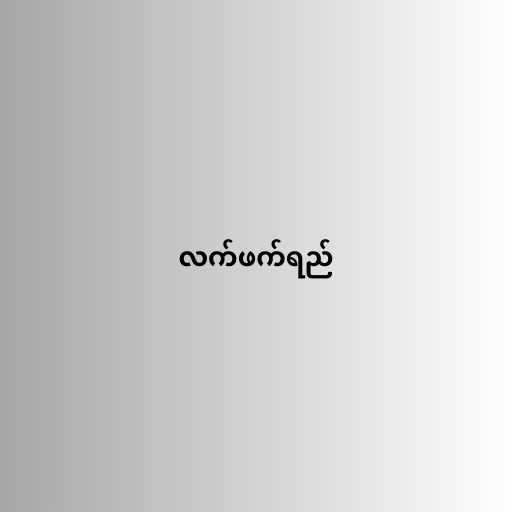
လက်ဖက်ရည်